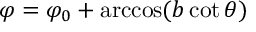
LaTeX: \varphi = \varphi _ { 0 } + \operatorname { a r c c o s } ( b \cot \theta )